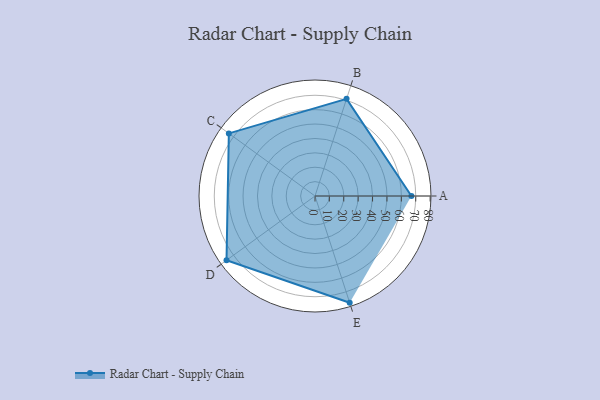
{"axis": {"x": "Skill", "y": "Score"}, "legend": ["Profile"], "data": [{"x": "A", "y": 67.0, "type": "Profile"}, {"x": "B", "y": 71.0, "type": "Profile"}, {"x": "C", "y": 74.0, "type": "Profile"}, {"x": "D", "y": 76.0, "type": "Profile"}, {"x": "E", "y": 78.0, "type": "Profile"}]}